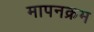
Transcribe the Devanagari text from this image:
मापनक्रम